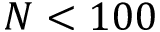
N < 1 0 0